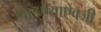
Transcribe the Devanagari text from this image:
मांडण्याऐवजी